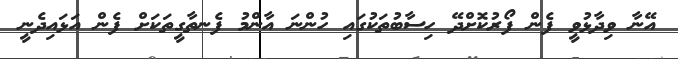
އޭނާ ވިދާޅުވީ ފެން ފޯރުކޮށްދޭ ހިސާބުތަކުގައި ހުންނަ އާންމު ފެނތާގީތަކަށް ފެން އަޅައިދެނީ